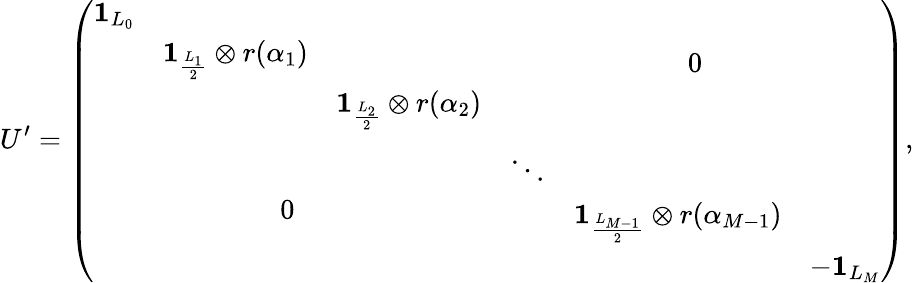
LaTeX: U^{\prime}=\left(\begin{array}{cc}{{\begin{array}{ccc}{{{\mathbf 1}_{L_{0}}}}&{{}}&{{}}\\ {{}}&{{{\mathbf 1}_{\scriptstyle\frac{L_{1}}{2}}\otimes r(\alpha_{1})}}&{{}}\\ {{}}&{{}}&{{{\mathbf 1}_{\scriptstyle\frac{L_{2}}{2}}\otimes r(\alpha_{2})}}\end{array}}}&{{0}}\\ {{0}}&{{\begin{array}{ccc}{{\ddots}}&{{}}&{{}}\\ {{}}&{{{\mathbf 1}_{\scriptstyle\frac{L_{M-1}}{2}}\otimes r(\alpha_{M-1})}}&{{}}\\ {{}}&{{}}&{{-{\mathbf 1}_{L_{M}}}}\end{array}}}\end{array}\right),